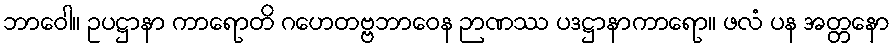
ဘာဝေါ။ ဥပဋ္ဌာနာ ကာရောတိ ဂဟေတဗ္ဗဘာဝေန ဉာဏဿ ပဒဋ္ဌာနာကာရော။ ဖလံ ပန အတ္တနော